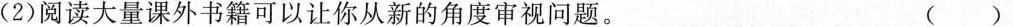
(2)阅读大量课外书籍可以让你从新的角度审视问题。()